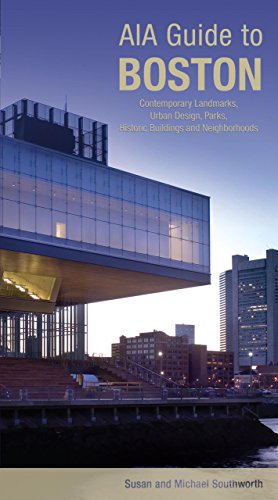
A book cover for AIA Guide to Boston: Contemporary Landmarks, Urban Design, Parks, Historic Buildings and Neighborhoods (AIA Guides); Michael Southworth; Travel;